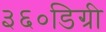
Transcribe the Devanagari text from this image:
३६०डिग्री